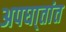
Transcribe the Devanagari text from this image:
अपघा्तांत